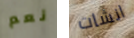
نعم انشات